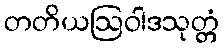
တတိယဩဝါဒသုတ္တံ